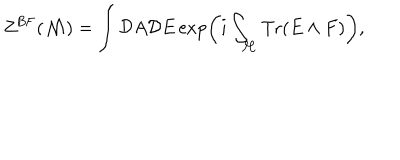
LaTeX: Z ^ { \mathrm { B F } } ( { \cal M } ) = \int { \cal D } A { \cal D } E \exp \left( i \int _ { \cal M } \mathrm { T r } ( E \wedge F ) \right) ,